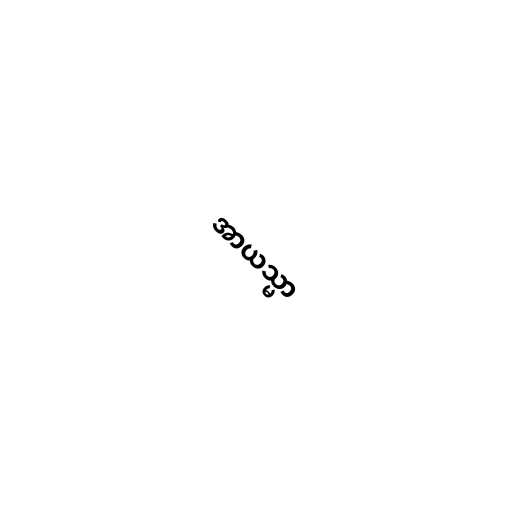
အာယသ္မာ